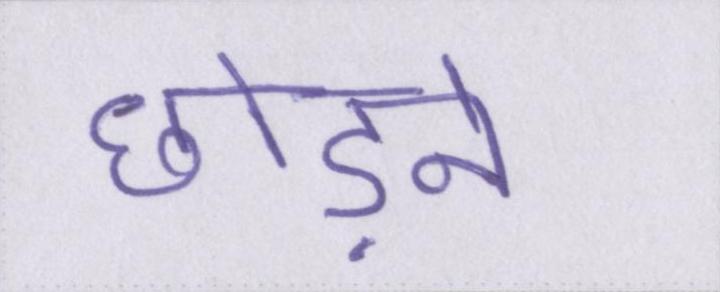
छोड़ने